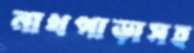
নাথপাড়াসহ